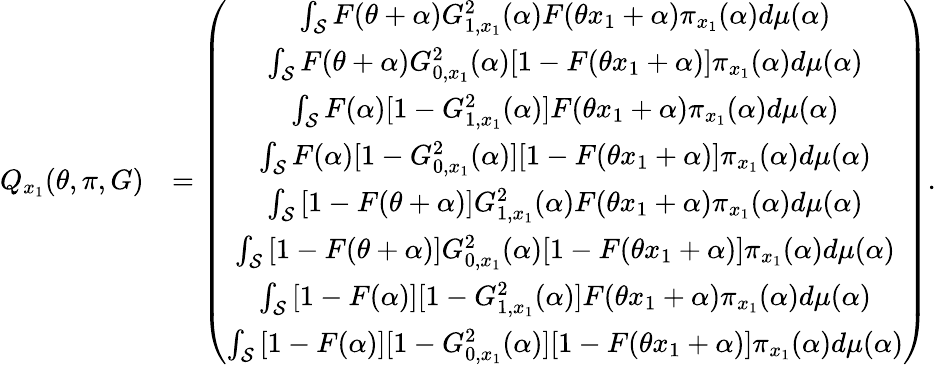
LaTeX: \begin{array}{rl}{Q_{x_{1}}(\theta,\pi,G)}&{=\left(\begin{array}{c}{\int_{{\cal{S}}}F(\theta+\alpha)G_{1,x_{1}}^{2}(\alpha)F(\theta x_{1}+\alpha)\pi_{x_{1}}(\alpha)d\mu(\alpha)}\\ {\int_{{\cal{S}}}F(\theta+\alpha)G_{0,x_{1}}^{2}(\alpha)[1-F(\theta x_{1}+\alpha)]\pi_{x_{1}}(\alpha)d\mu(\alpha)}\\ {\int_{{\cal{S}}}F(\alpha)[1-G_{1,x_{1}}^{2}(\alpha)]F(\theta x_{1}+\alpha)\pi_{x_{1}}(\alpha)d\mu(\alpha)}\\ {\int_{{\cal{S}}}F(\alpha)[1-G_{0,x_{1}}^{2}(\alpha)][1-F(\theta x_{1}+\alpha)]\pi_{x_{1}}(\alpha)d\mu(\alpha)}\\ {\int_{{\cal{S}}}\left[1-F(\theta+\alpha)\right]G_{1,x_{1}}^{2}(\alpha)F(\theta x_{1}+\alpha)\pi_{x_{1}}(\alpha)d\mu(\alpha)}\\ {\int_{{\cal{S}}}\left[1-F(\theta+\alpha)\right]G_{0,x_{1}}^{2}(\alpha)[1-F(\theta x_{1}+\alpha)]\pi_{x_{1}}(\alpha)d\mu(\alpha)}\\ {\int_{{\cal{S}}}\left[1-F(\alpha)\right][1-G_{1,x_{1}}^{2}(\alpha)]F(\theta x_{1}+\alpha)\pi_{x_{1}}(\alpha)d\mu(\alpha)}\\ {\int_{{\cal{S}}}\left[1-F(\alpha)\right][1-G_{0,x_{1}}^{2}(\alpha)][1-F(\theta x_{1}+\alpha)]\pi_{x_{1}}(\alpha)d\mu(\alpha)}\end{array}\right).}\end{array}